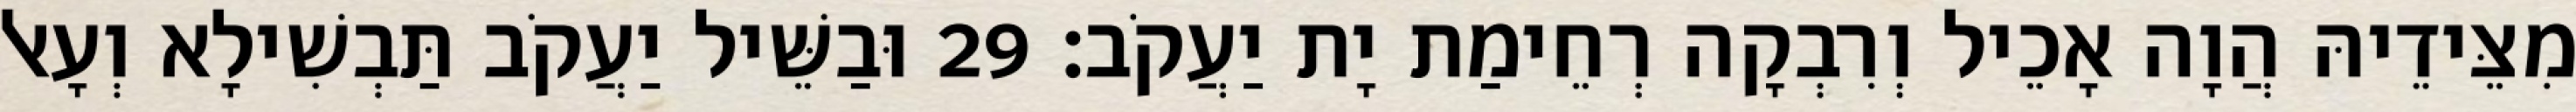
מִצֵּידֵיהּ הֲוָה אָכֵיל וְרִבְקָה רְחֵימַת יָת יַעֲקֹב׃ 29 וּבַשֵּׁיל יַעֲקֹב תַּבְשִׁילָא וְעָאל